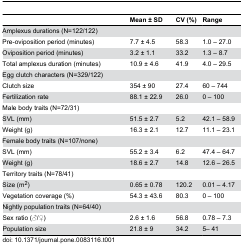
<table><thead><tr><td></td><td><b>Mean ± SD</b></td><td><b>CV (%)</b></td><td><b>Range</b></td></tr></thead><tbody><tr><td>Amplexus durations (N=122/122)</td><td></td><td></td><td></td></tr><tr><td>Pre-oviposition period (minutes)</td><td>7.7 ± 4.5</td><td>58.3</td><td>1.0 – 27.0</td></tr><tr><td>Oviposition period (minutes)</td><td>3.2 ± 1.1</td><td>33.2</td><td>1.3 – 8.7</td></tr><tr><td>Total amplexus duration (minutes)</td><td>10.9 ± 4.6</td><td>41.9</td><td>4.0 – 29.5</td></tr><tr><td>Egg clutch characters (N=329/122)</td><td></td><td></td><td></td></tr><tr><td>Clutch size</td><td>354 ± 90</td><td>27.4</td><td>60 – 744</td></tr><tr><td>Fertilization rate</td><td>88.1 ± 22.9</td><td>26.0</td><td>0 – 100</td></tr><tr><td>Male body traits (N=72/31)</td><td></td><td></td><td></td></tr><tr><td>SVL (mm)</td><td>51.5 ± 2.7</td><td>5.2</td><td>42.1 – 58.9</td></tr><tr><td>Weight (g)</td><td>16.3 ± 2.1</td><td>12.7</td><td>11.1 – 23.1</td></tr><tr><td>Female body traits (N=107/none)</td><td></td><td></td><td></td></tr><tr><td>SVL (mm)</td><td>55.2 ± 3.4</td><td>6.2</td><td>47.4 – 64.7</td></tr><tr><td>Weight (g)</td><td>18.6 ± 2.7</td><td>14.8</td><td>12.6 – 26.5</td></tr><tr><td>Territory traits (N=78/41)</td><td></td><td></td><td></td></tr><tr><td>Size (m<sup>2</sup>)</td><td>0.65 ± 0.78</td><td>120.2</td><td>0.01 – 4.17</td></tr><tr><td>Vegetation coverage (%)</td><td>54.3 ± 43.6</td><td>80.3</td><td>0 – 100</td></tr><tr><td>Nightly population traits (N=64/40)</td><td></td><td></td><td></td></tr><tr><td>Sex ratio (♂/♀)</td><td>2.6 ± 1.6</td><td>56.8</td><td>0.78 – 7.3</td></tr><tr><td>Population size</td><td>21.8 ± 9</td><td>34.2</td><td>5– 41</td></tr></tbody></table>